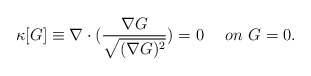
\begin{align*}\kappa[G] \equiv \nabla \cdot ( \frac{\nabla G}{\sqrt{(\nabla G)^2}}) = 0 ~~~~ on ~G=0.\end{align*}